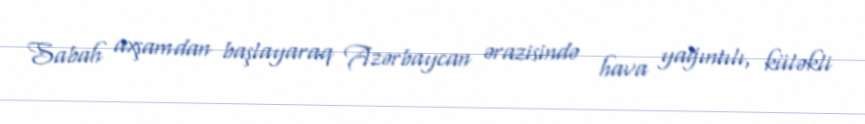
Sabah axşamdan başlayaraq Azərbaycan ərazisində hava yağıntılı, küləkli